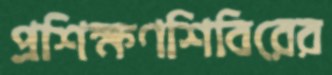
প্রশিক্ষণশিবিরের